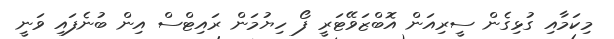
މިކަމާއި ގުޅިގެން ސީރިއަން އޮބްޒަވޭޓަރީ ފޯ ހިޔުމަން ރައިޓްސް އިން ބުނެފައި ވަނީ